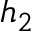
h _ { 2 }